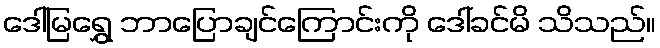
ဒေါ်မြရွှေ ဘာပြောချင်ကြောင်းကို ဒေါ်ခင်မိ သိသည်။